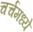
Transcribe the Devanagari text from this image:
चर्चमध्‍ये